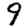
Digit: 9